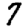
Digit: 7